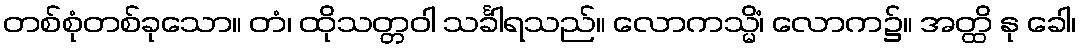
တစ်စုံတစ်ခုသော။ တံ၊ ထိုသတ္တဝါ သင်္ခါရသည်။ လောကသ္မိံ၊ လောက၌။ အတ္ထိ နု ခေါ၊